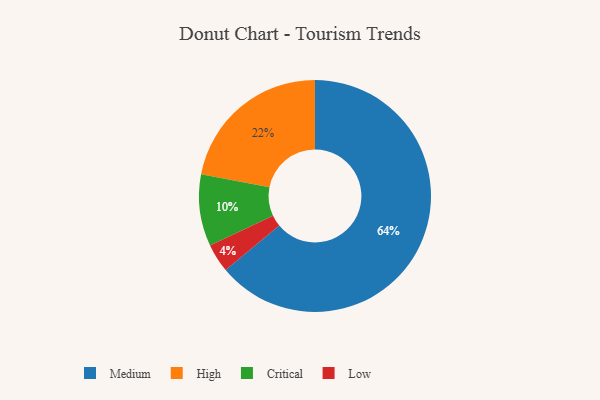
{"axis": {"x": "Category", "y": "Percentage"}, "legend": ["Critical", "High", "Low", "Medium"], "data": [{"x": "Medium", "y": 64, "type": "Medium"}, {"x": "High", "y": 22, "type": "High"}, {"x": "Critical", "y": 10, "type": "Critical"}, {"x": "Low", "y": 4, "type": "Low"}]}